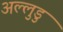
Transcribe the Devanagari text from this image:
अल्लुडु